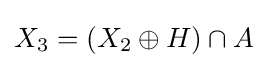
X_{3}=(X_{2}\oplus H)\cap A